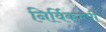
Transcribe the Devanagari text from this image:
निर्विकल्पी